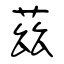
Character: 茲